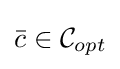
{\bar {c}}\in {\mathcal {C}}_{opt}